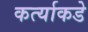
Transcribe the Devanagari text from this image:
कर्त्याकडे